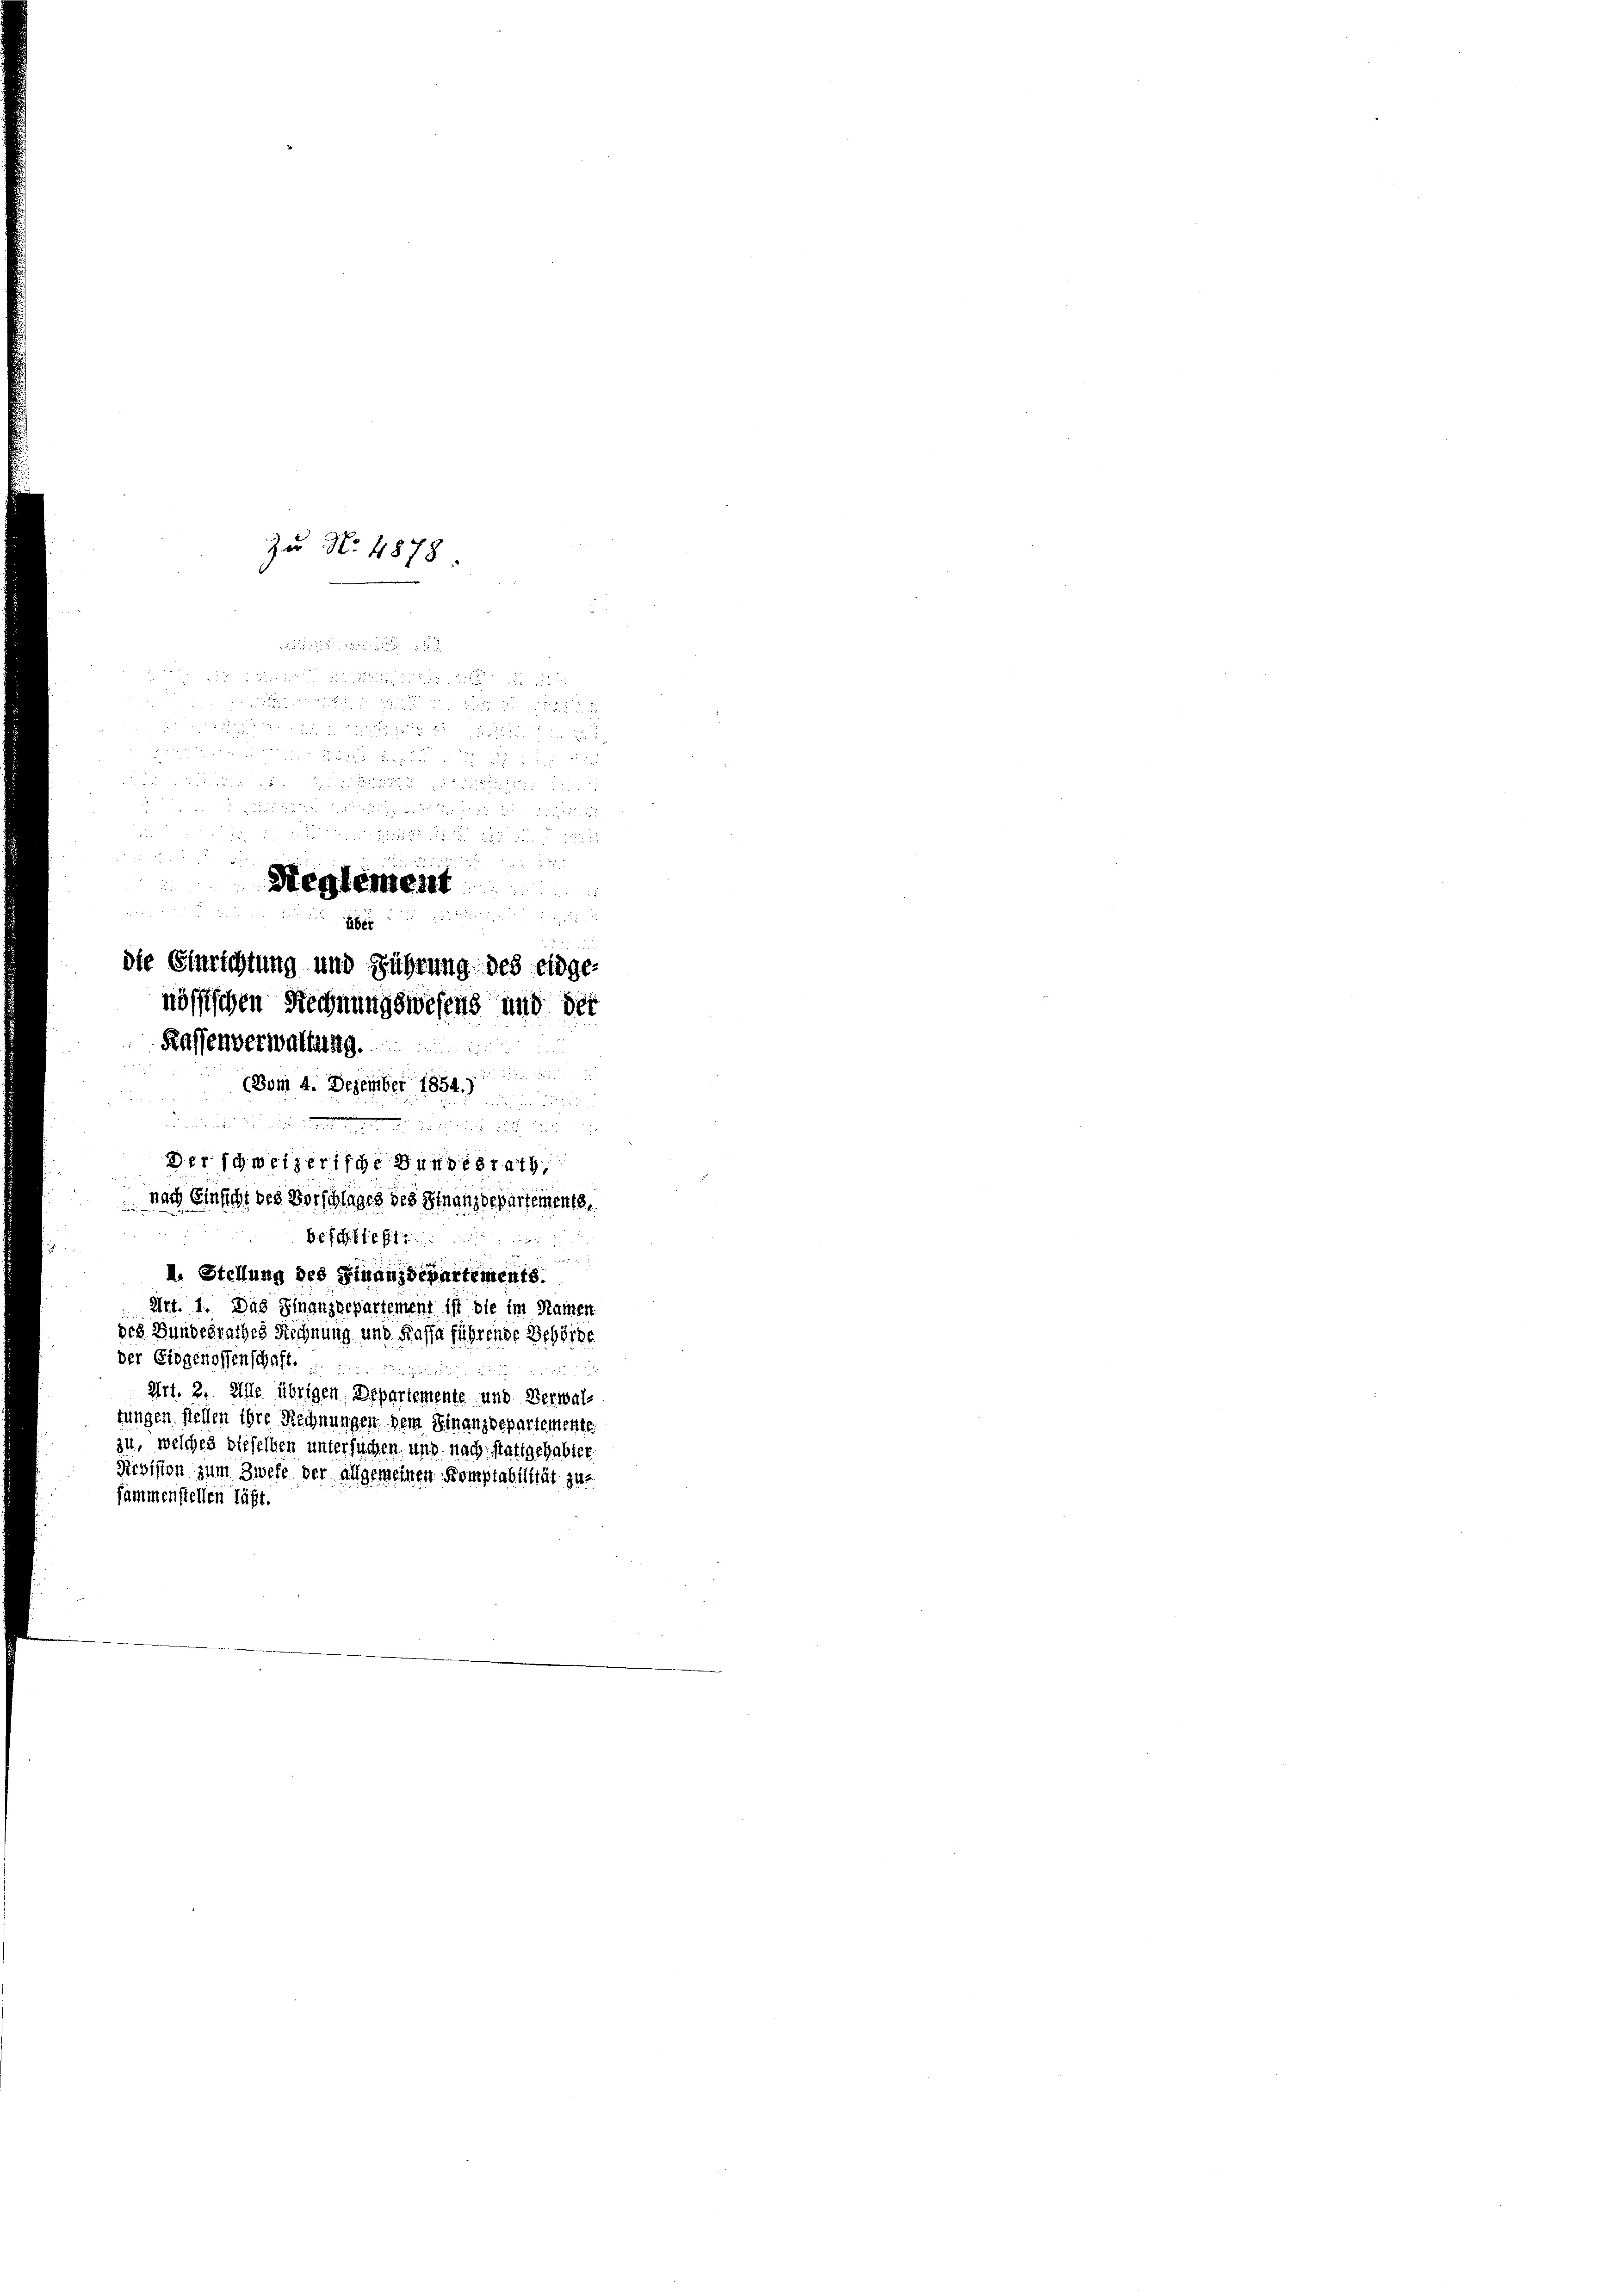
über
die Einrichtung und Führung des eidge-
nössischen Rechnungswesens und der
Kassenverwaltung

Zu No 4878.

frich
Reglement

(Bom 4. Dezember 1854.)

i

Der schweizerische Bundesrath,
nach Einsicht des Vorschlages des Finanzdepartements,
Befehlte

I. Stellung des Finanzdepartements.
Art. 1. Das Finanzdepartement ist die im Namen
des Bundesrathes Rechnung und Kassa führende Behörde
der Eidgenossenschaft. . .
Art. 2. Alle übrigen Departemente und Verwal-
tungen stellen ihre Rechnungen dem Finanzdepartemente
zu, welches dieselben untersuchen uns nach stattgehabter
Revision zum Zwefe der allgemeinen Komptabilität zur
sammenstellen läßt.